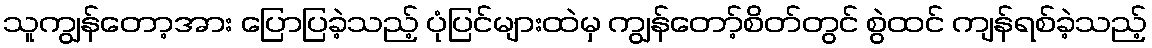
သူကျွန်တော့အား ပြောပြခဲ့သည့် ပုံပြင်များထဲမှ ကျွန်တော့်စိတ်တွင် စွဲထင် ကျန်ရစ်ခဲ့သည့်